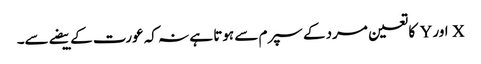
X اور Y کا تعین مرد کے سپرم سے ہوتا ہے نہ کہ عورت کے بیضے سے۔